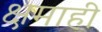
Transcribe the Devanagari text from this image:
क्षमाही